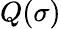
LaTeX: Q(\sigma)